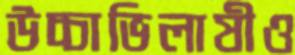
উচ্চাভিলাষীও